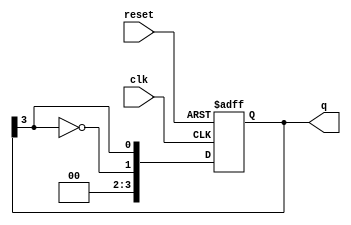
module johnson_counter (
    input wire clk,        // Clock input
    input wire reset,      // Reset input
    output reg [N-1:0] q   // Counter output
);
    parameter N = 4;       // Number of flip-flops (adjust as needed)

    // Always block triggered on clock edge or reset
    always @(posedge clk or posedge reset) begin
        if (reset) begin
            q <= 0;       // Reset the counter to 0
        end else begin
            // Shift the values and feed back inverted last flip-flop
            q <= {~q[N-1], q[N-1:N-1]}; // Shift and invert last bit
        end
    end
endmodule